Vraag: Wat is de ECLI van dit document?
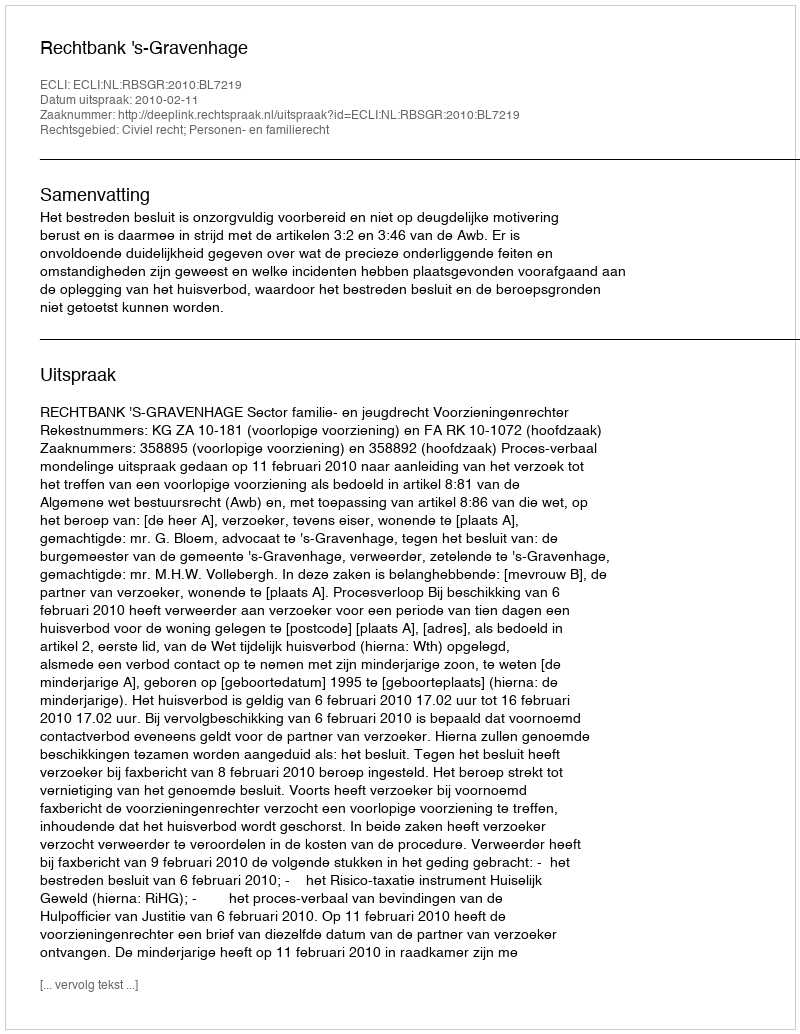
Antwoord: ECLI:NL:RBSGR:2010:BL7219